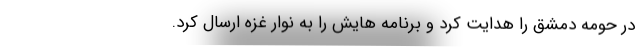
در حومه دمشق را هدایت کرد و برنامه هایش را به نوار غزه ارسال کرد.